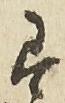
有